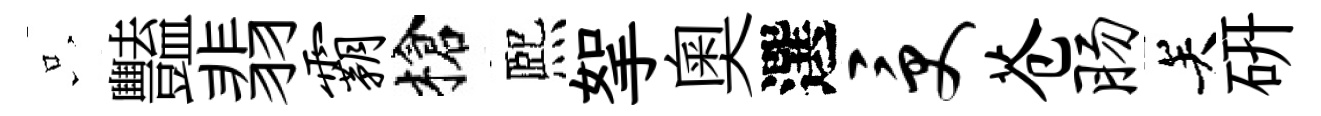
只豔翡霸槍熈挐奥選受苍肠关硏